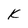
Character: K